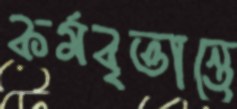
কর্মবৃত্তান্তে